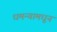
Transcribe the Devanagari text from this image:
धमन्यामधून